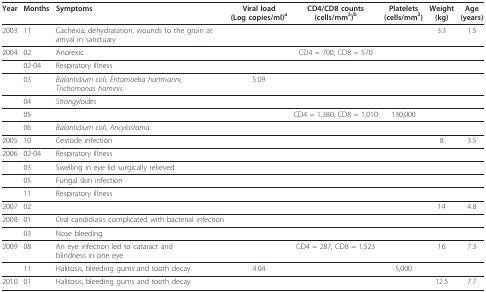
| Year | Months | Symptoms | Viral load(Log copies/ml)a | CD4/CD8 counts(cells/mm3)b | Platelets(cells/mm3) | Weight(kg) | Age(years) |
 | --- | --- | --- | --- | --- | --- | --- | --- |
 | 2003 | 11 | Cachexia, dehydratation, wounds to the groin at arrival in sanctuary |  |  |  | 3.3 | 1.5 |
 | 2004 | 02 | Anorexic |  | CD4 = 700; CD8 = 570 |  |  |  |
 |  | 02-04 | Respiratory illness |  |  |  |  |  |
 |  | 03 | Balantidium coli, Entamoeba hartmanni, Trichomonas hominis | 5.09 |  |  |  |  |
 |  | 04 | Strongyloides |  |  |  |  |  |
 |  | 05 |  |  | CD4 = 1,380; CD8 = 1,010 | 130,000 |  |  |
 |  | 06 | Balantidium coli, Ancylostoma |  |  |  |  |  |
 | 2005 | 10 | Cestode infection |  |  |  | 8 | 3.5 |
 | 2006 | 02-04 | Respiratory illness |  |  |  |  |  |
 |  | 03 | Swelling in eye lid surgically relieved |  |  |  |  |  |
 |  | 05 | Fungal skin infection |  |  |  |  |  |
 |  | 11 | Respiratory illness |  |  |  |  |  |
 | 2007 | 02 |  |  |  |  | 14 | 4.8 |
 | 2008 | 01 | Oral candidiasis complicated with bacterial infection |  |  |  |  |  |
 |  | 03 | Nose bleeding |  |  |  |  |  |
 | 2009 | 08 | An eye infection led to cataract and blindness in one eye |  | CD4 = 287; CD8 = 1,523 |  | 16 | 7.3 |
 |  | 11 | Halitosis, bleeding gums and tooth decay | 4.04 |  | 5,000 |  |  |
 | 2010 | 01 | Halitosis, bleeding gums and tooth decay |  |  |  | 12.5 | 7.7 |